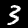
Label: 3